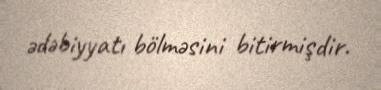
ədəbiyyatı bölməsini bitirmişdir.